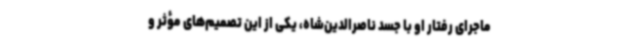
ماجرای رفتار او با جسد ناصرالدین‌شاه، یکی از این تصمیم‌های مؤثر و